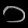
Digit: ၁